Cholera in southern India
Disease focus: Cholera
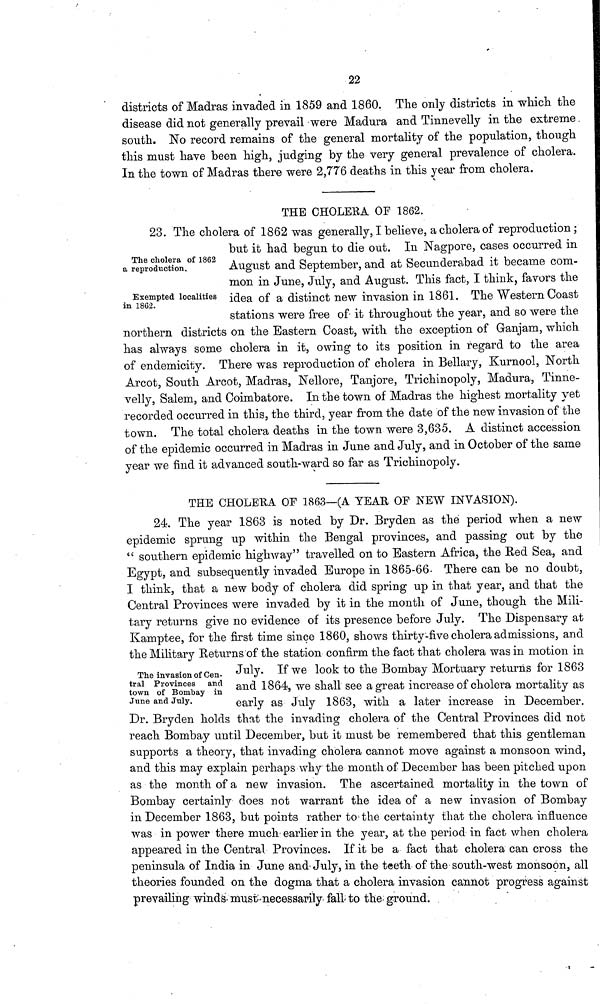
22
districts of Madras invaded in 1859 and 1860. The only districts in which the
disease did not generally prevail were Madura and Tinnevelly in the extreme
south. No record remains of the general mortality of the population, though
this must have been high, judging by the very general prevalence of cholera.
In the town of Madras there were 2,776 deaths in this year from cholera.
THE CHOLERA OF 1862.
The cholera of 1862
a reproduction.
Exempted localities
in 1862.
23. The cholera of 1862 was generally, I believe, a cholera of reproduction;
but it had begun to die out. In Nagpore, cases occurred in
August and September, and at Secunderabad it became com-
mon in June, July, and August. This fact, I think, favors the
idea of a distinct new invasion in 1861. The Western Coast
stations were free of it throughout the year, and so were the
northern districts on the Eastern Coast, with the exception of Ganjam, which
has always some cholera in it, owing to its position in regard to the area
of endemicity. There was reproduction of cholera in Bellary, Kurnool, North
Arcot, South Arcot, Madras, Nellore, Tanjore, Trichinopoly, Madura, Tinne-
velly, Salem, and Coimbatore. In the town of Madras the highest mortality yet
recorded occurred in this, the third, year from the date of the new invasion of the
town. The total cholera deaths in the town were 3,635. A distinct accession
of the epidemic occurred in Madras in June and July, and in October of the same
year we find it advanced south-ward so far as Trichinopoly.
THE CHOLERA OF 1863—(A YEAR OF NEW INVASION).
24. The year 1863 is noted by Dr. Bryden as the period when a new
epidemic sprung up within the Bengal provinces, and passing out by the
" southern epidemic highway" travelled on to Eastern Africa, the Red Sea, and
Egypt, and subsequently invaded Europe in 1865-66- There can be no doubt,
I think, that a new body of cholera did spring up in that year, and that the
Central Provinces were invaded by it in the month of June, though the Mili-
tary returns give no evidence of its presence before July. The Dispensary at
Kamptee, for the first time since 1860, shows thirty-five cholera admissions, and
the Military Returns of the station confirm the fact that cholera was in motion in
July. If we look to the Bombay Mortuary returns for 1863
and 1864, we shall see a great increase of cholera mortality as
early as July 1863, with a later increase in December.
The invasion of Cen-
tral Provinces and
town of Bombay in
June and July.
Dr. Bryden holds that the invading cholera of the Central Provinces did not
reach Bombay until December, but it must be remembered that this gentleman
supports a theory, that invading cholera cannot move against a monsoon wind,
and this may explain perhaps why the month of December has been pitched upon
as the month of a new invasion. The ascertained mortality in the town of
Bombay certainly does not warrant the idea of a new invasion of Bombay
in December 1863, but points rather to the certainty that the cholera influence
was in power there much earlier in the year, at the period in fact when cholera
appeared in the Central Provinces. If it be a fact that cholera can cross the
peninsula of India in June and July, in the teeth of the south-west monsoon, all
theories founded on the dogma that a cholera invasion cannot progress against
prevailing winds must necessarily fall to the ground.